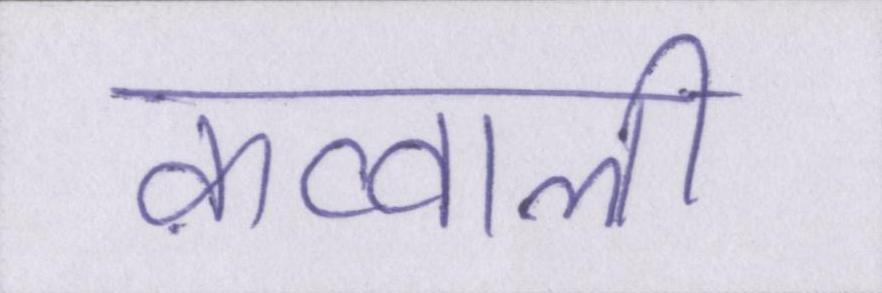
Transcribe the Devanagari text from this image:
क़व्वाली